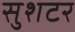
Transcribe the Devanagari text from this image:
सुशटर